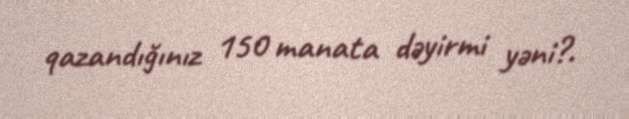
qazandığınız 150 manata dəyirmi yəni?.